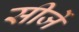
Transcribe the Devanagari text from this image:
सीर्जे